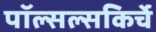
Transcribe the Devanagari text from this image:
पॉल्सल्सकिर्चे